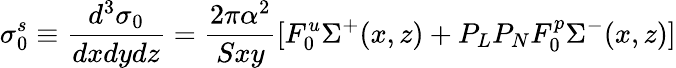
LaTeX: \sigma_{0}^{s}\equiv{\frac{d^{3}\sigma_{0}}{dxdydz}}={\frac{2\pi\alpha^{2}}{Sxy}}[F_{0}^{u}\Sigma^{+}(x,z)+P_{L}P_{N}F_{0}^{p}\Sigma^{-}(x,z)]